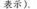
表示).